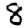
Digit: 8